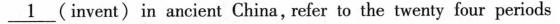
\underline{1} (invent)in ancient China, refer to the twenty four periods